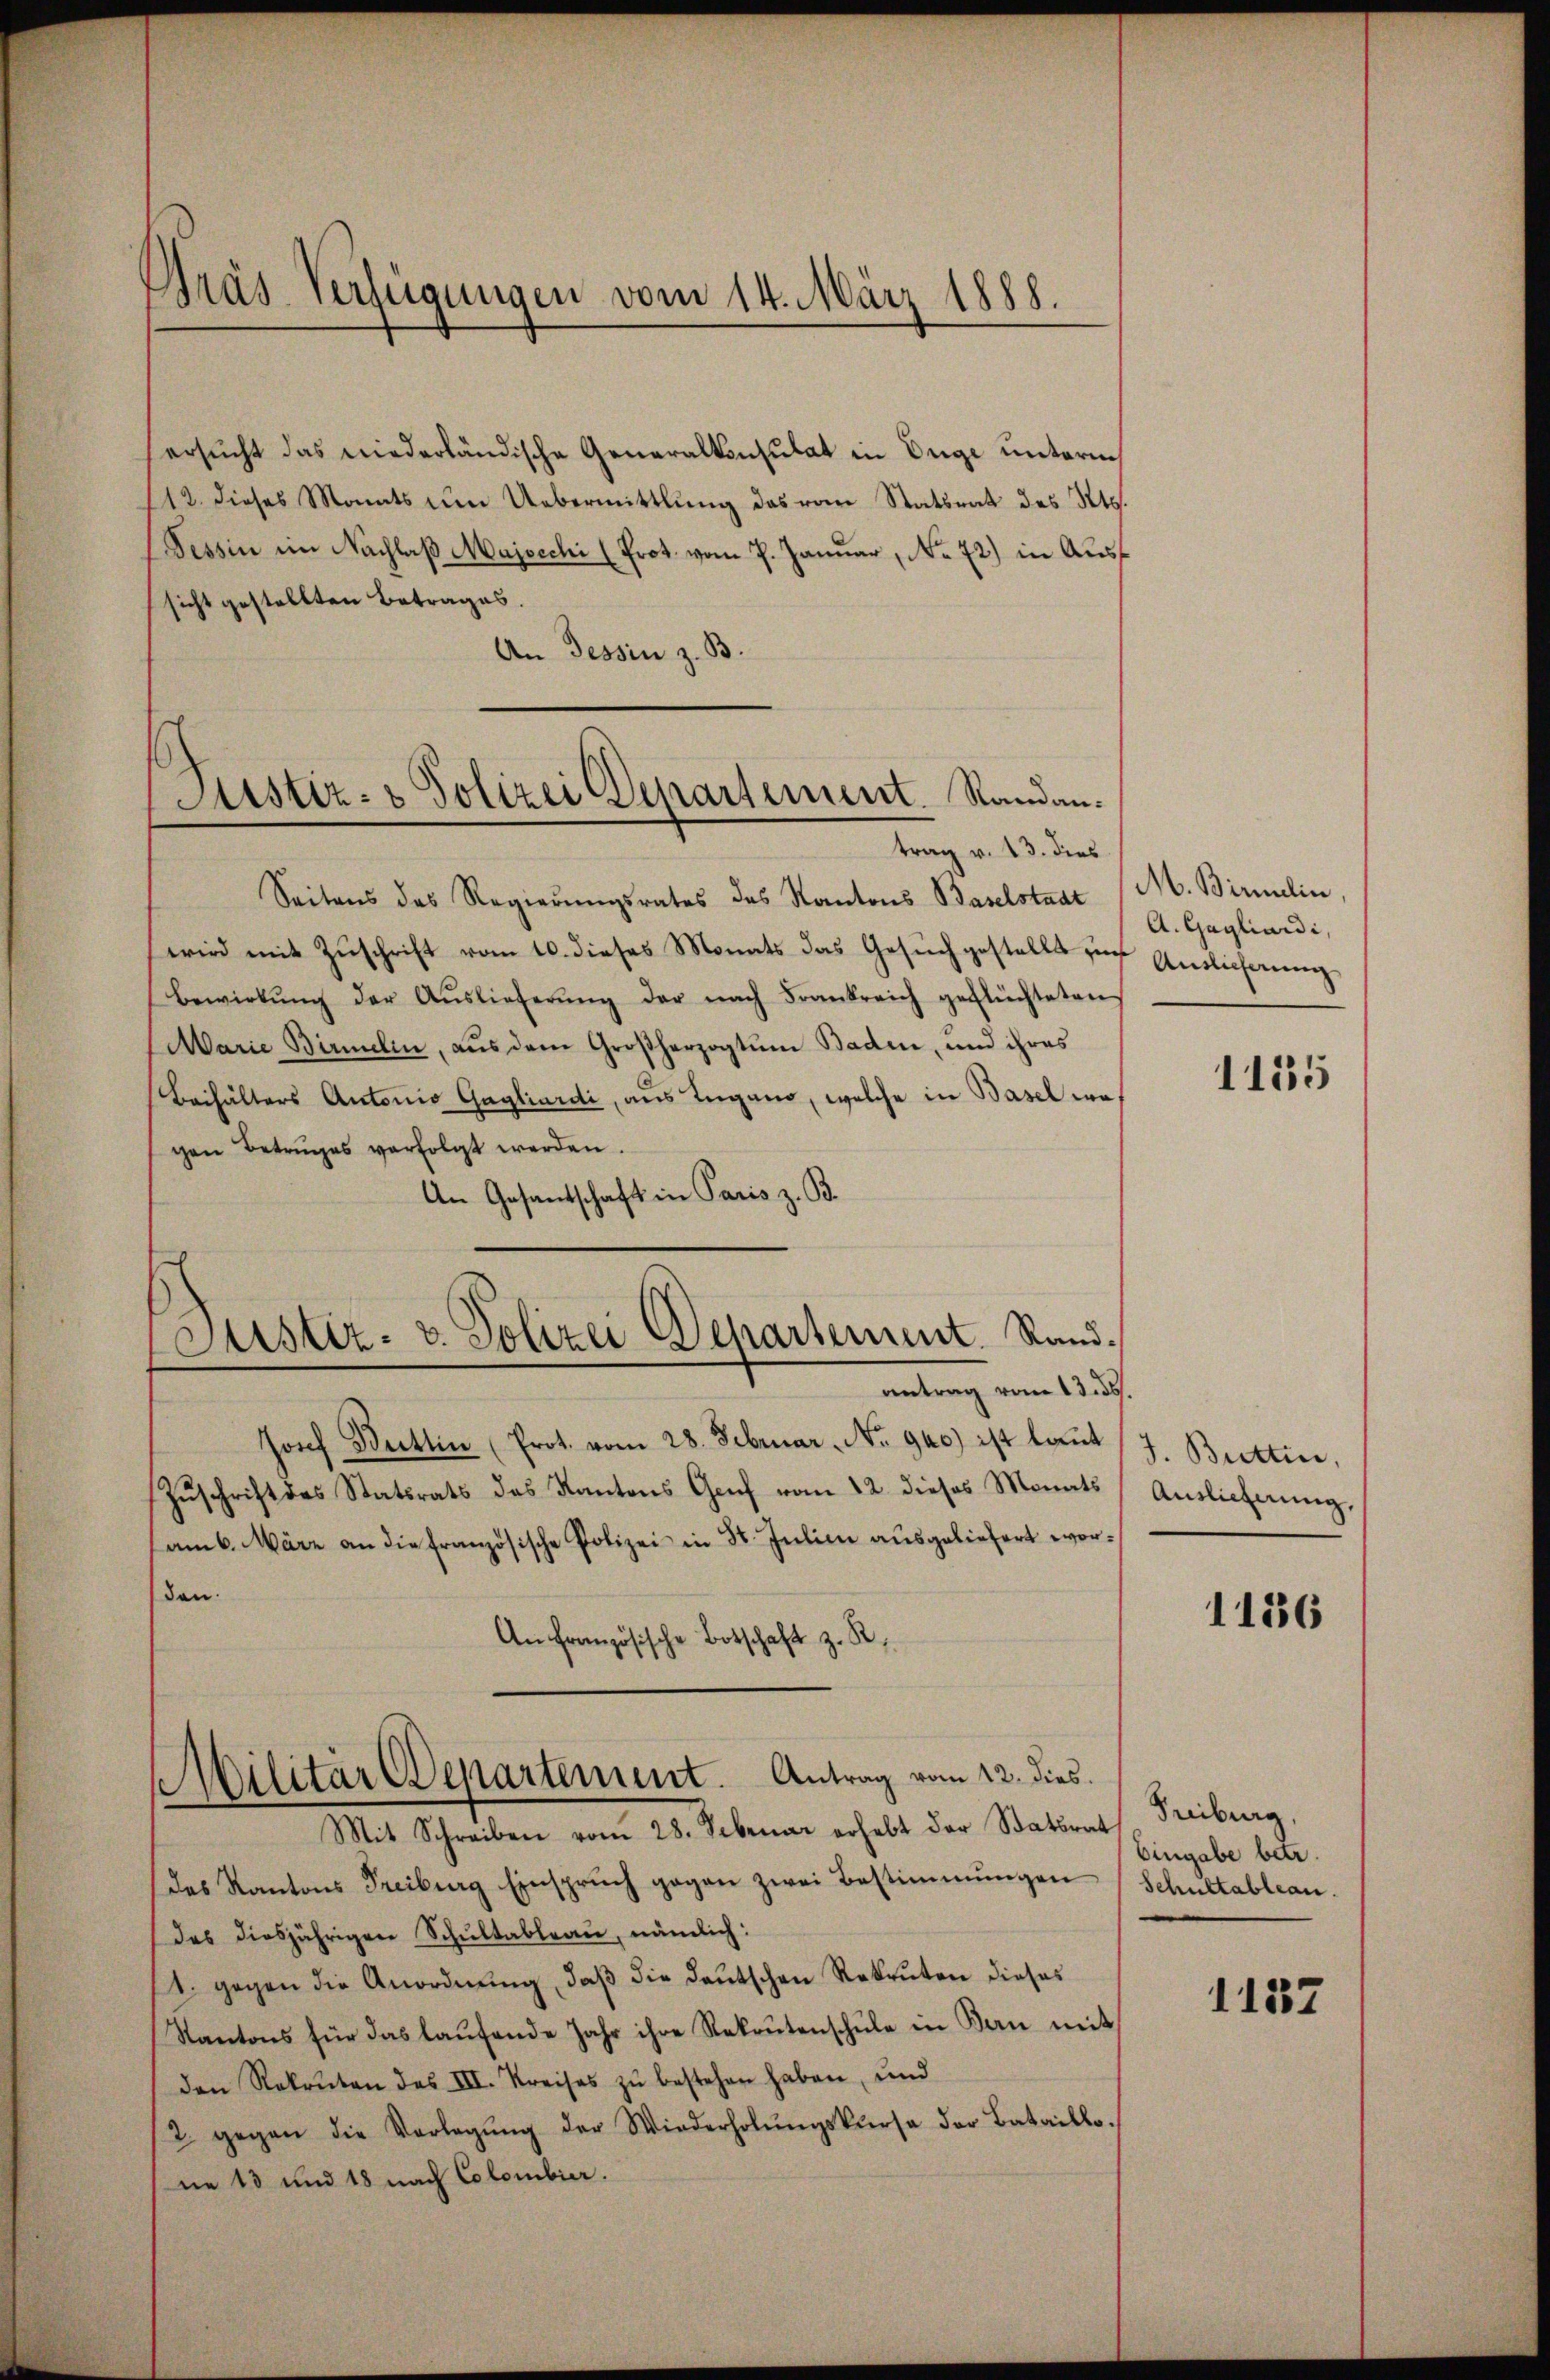
Gras Verfügungen vom 14. März 1888.

Justiz- & Polizei Departement. Randan¬

Justiz- u. Polizei Departement. Randantrag vom 13. ds.

ersucht das niederländische Generalkonsulat in Enge unterm
112. dieses Monats ŭm Uebermittlung das vom Statsrat des Kts.
Tessin im Nachlaß Majocchi (Prot. vom 7. Januar, No 72) in Aussicht gestellten Betrages.
An Tessin z. B.
trag v. 23. dies
Seitens des Regierŭngsrates des Kantons Baselstaat (M. Birmelin.
wird mit Zuschrift vom 10. dieses Monats das Gesuch gestellt zur Auslieferung
Bewirkŭng der Aŭslieferŭng der nach Frankreich geflüchteten
Marie Birmelin, aus dem Großherzogtum Baden, und ihres
Behälters Antonio Gagliardi, aus Lugano, welche in Basel wogen Betruges verfolgt werden.
An Gesantschaft in Paris z. B.
Josef Buttin (Prot. vom 28. Februar. No. 940.) ist laut
Zŭschrift des Statsrats des Kantons Genf vom 12. dieses Monats
am 6. März an die französische Polizei in St. Julia aŭsgeliefert worden.
An Französische Botschaft z. R.
Militär Departement. Antrag vom 12. dies
Mit Schreiben vom 28. Sebruar erhebt der Statsrat Freiburg,
des Kantons Freiburg Einsprŭch gegen zwei Bestimmungen
das diesjährigen Schŭltableau, nämlich:
1. gegen die Anordnŭng, daβ die deutschen Rekruten dieses
Kantons für das laŭfende Jahr ihre Rekrutenschŭle in Ban mit
den Rekruten des III. Kreises zŭ bestehen haben, und
2 gegen die Vorlegŭng der Wiederholŭngskurse der Bataillo-
ne 13 und 18 nach Colombier.

A. Gagliardi,

1135

J. Büttin,
Auslieferung.

1136

Eingabe betr.
Schultableau.

1137